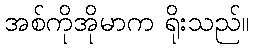
အစ်ကိုအိုမာက ရိုးသည်။